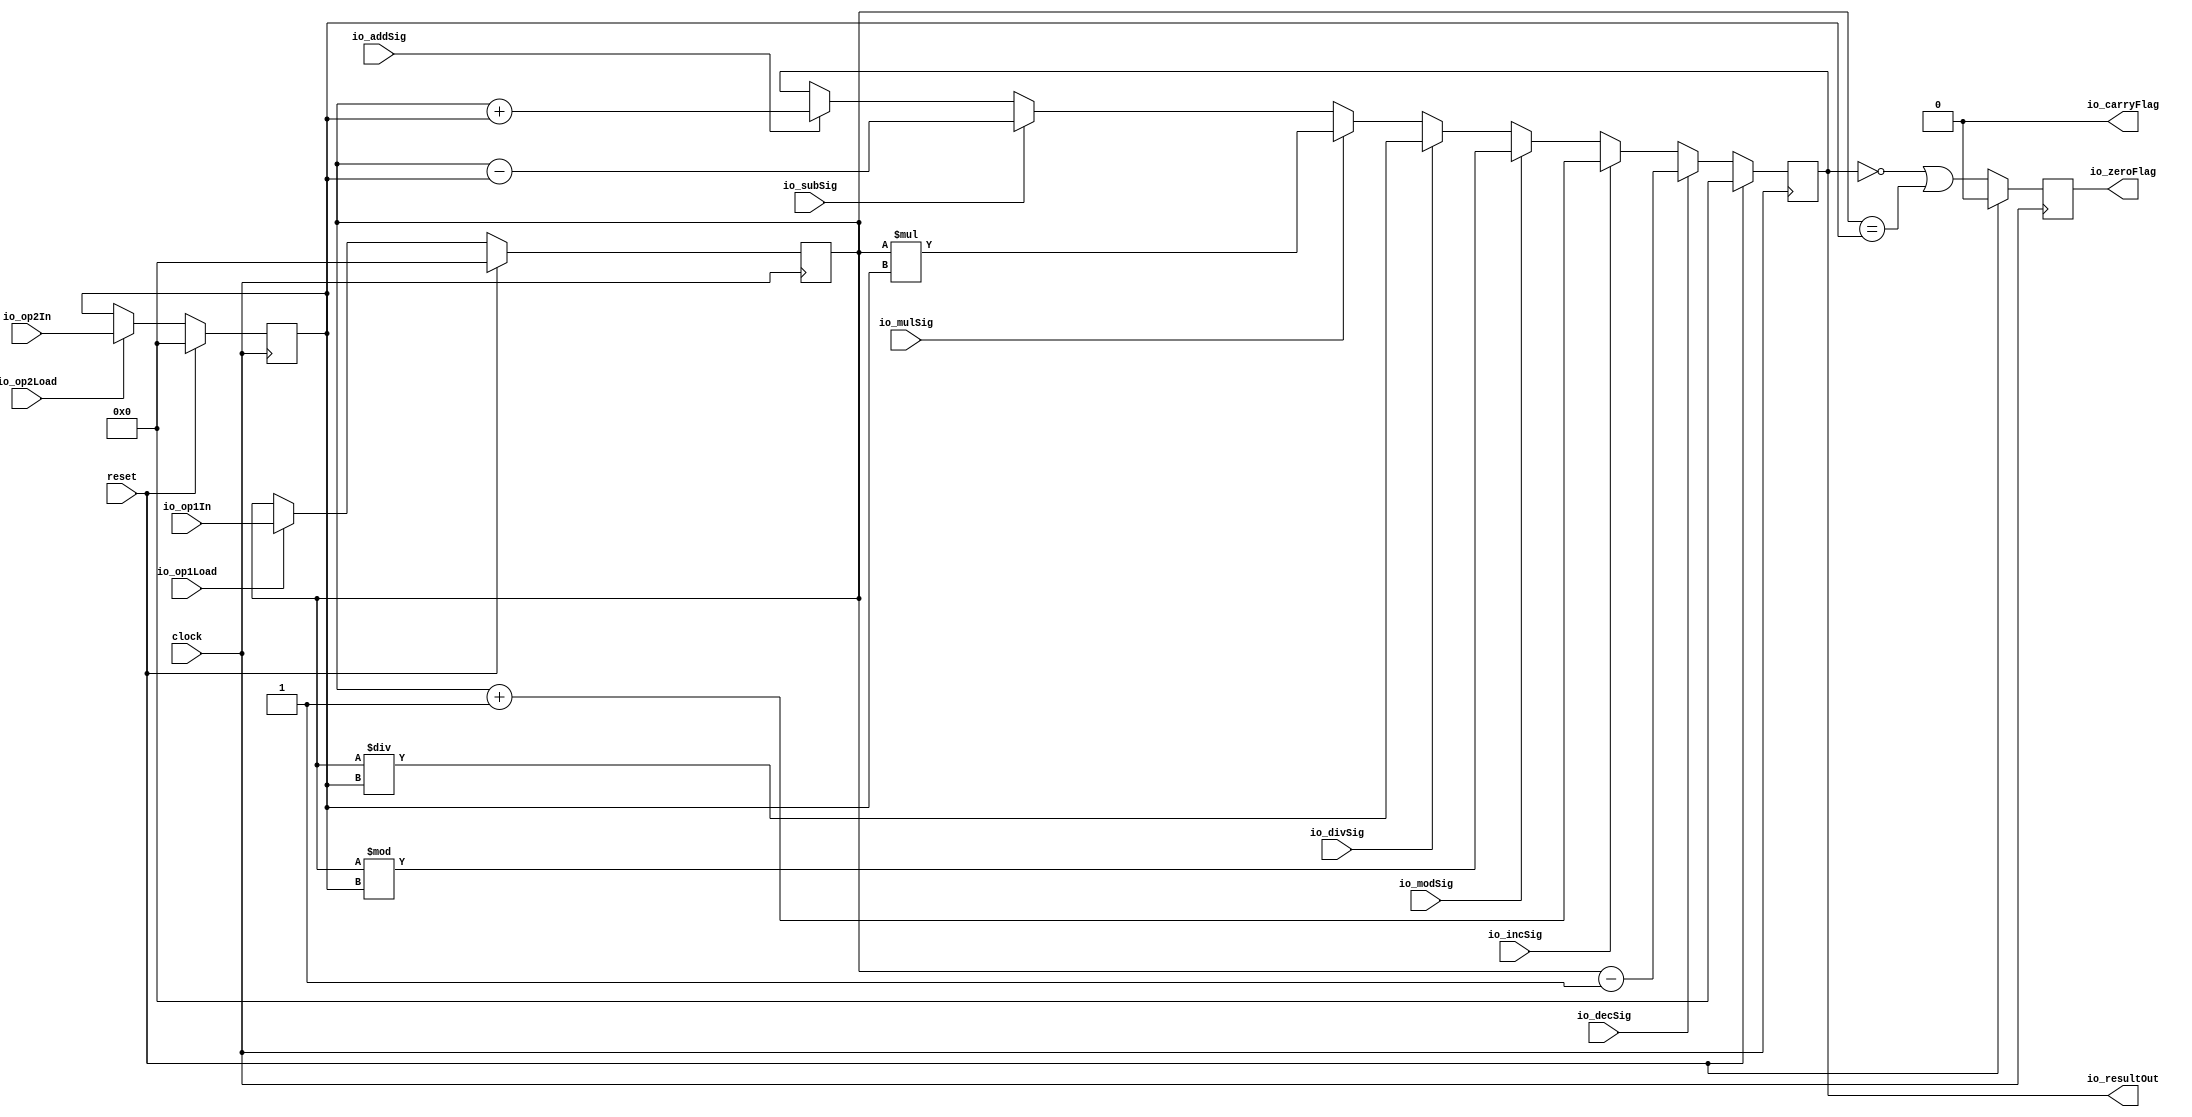
module ALU(
  input        clock,
  input        reset,
  input        io_op1Load,
  input        io_op2Load,
  input        io_addSig,
  input        io_subSig,
  input        io_divSig,
  input        io_mulSig,
  input        io_modSig,
  input        io_incSig,
  input        io_decSig,
  input  [7:0] io_op1In,
  input  [7:0] io_op2In,
  output [7:0] io_resultOut,
  output       io_zeroFlag,
  output       io_carryFlag
);
`ifdef RANDOMIZE_REG_INIT
  reg [31:0] _RAND_0;
  reg [31:0] _RAND_1;
  reg [31:0] _RAND_2;
  reg [31:0] _RAND_3;
`endif // RANDOMIZE_REG_INIT
  reg [7:0] op1Reg; // @[ALU.scala 20:25]
  reg [7:0] op2Reg; // @[ALU.scala 21:25]
  reg [7:0] resultReg; // @[ALU.scala 22:28]
  reg  zeroFlagReg; // @[ALU.scala 23:30]
  wire [7:0] _resultReg_T_1 = op1Reg + op2Reg; // @[ALU.scala 35:29]
  wire [7:0] _GEN_2 = io_addSig ? _resultReg_T_1 : resultReg; // @[ALU.scala 34:22 35:19 22:28]
  wire [7:0] _resultReg_T_3 = op1Reg - op2Reg; // @[ALU.scala 39:29]
  wire [7:0] _GEN_3 = io_subSig ? _resultReg_T_3 : _GEN_2; // @[ALU.scala 38:22 39:19]
  wire [15:0] _resultReg_T_4 = op1Reg * op2Reg; // @[ALU.scala 43:29]
  wire [15:0] _GEN_4 = io_mulSig ? _resultReg_T_4 : {{8'd0}, _GEN_3}; // @[ALU.scala 42:22 43:19]
  wire [7:0] _resultReg_T_5 = op1Reg / op2Reg; // @[ALU.scala 47:29]
  wire [15:0] _GEN_5 = io_divSig ? {{8'd0}, _resultReg_T_5} : _GEN_4; // @[ALU.scala 46:22 47:19]
  wire [7:0] _resultReg_T_6 = op1Reg % op2Reg; // @[ALU.scala 51:29]
  wire [15:0] _GEN_6 = io_modSig ? {{8'd0}, _resultReg_T_6} : _GEN_5; // @[ALU.scala 50:22 51:19]
  wire [7:0] _resultReg_T_8 = op1Reg + 8'h1; // @[ALU.scala 55:29]
  wire [15:0] _GEN_7 = io_incSig ? {{8'd0}, _resultReg_T_8} : _GEN_6; // @[ALU.scala 54:22 55:19]
  wire [7:0] _resultReg_T_10 = op1Reg - 8'h1; // @[ALU.scala 59:29]
  wire [15:0] _GEN_8 = io_decSig ? {{8'd0}, _resultReg_T_10} : _GEN_7; // @[ALU.scala 58:22 59:19]
  wire  _T_2 = resultReg == 8'h0 | op1Reg == op2Reg; // @[ALU.scala 62:29]
  wire [15:0] _GEN_10 = reset ? 16'h0 : _GEN_8; // @[ALU.scala 22:{28,28}]
  assign io_resultOut = resultReg; // @[ALU.scala 68:18]
  assign io_zeroFlag = zeroFlagReg; // @[ALU.scala 69:17]
  assign io_carryFlag = 1'h0; // @[ALU.scala 70:18]
  always @(posedge clock) begin
    if (reset) begin // @[ALU.scala 20:25]
      op1Reg <= 8'h0; // @[ALU.scala 20:25]
    end else if (io_op1Load) begin // @[ALU.scala 26:23]
      op1Reg <= io_op1In; // @[ALU.scala 27:16]
    end
    if (reset) begin // @[ALU.scala 21:25]
      op2Reg <= 8'h0; // @[ALU.scala 21:25]
    end else if (io_op2Load) begin // @[ALU.scala 30:23]
      op2Reg <= io_op2In; // @[ALU.scala 31:16]
    end
    resultReg <= _GEN_10[7:0]; // @[ALU.scala 22:{28,28}]
    if (reset) begin // @[ALU.scala 23:30]
      zeroFlagReg <= 1'h0; // @[ALU.scala 23:30]
    end else begin
      zeroFlagReg <= _T_2;
    end
  end
// Register and memory initialization
`ifdef RANDOMIZE_GARBAGE_ASSIGN
`define RANDOMIZE
`endif
`ifdef RANDOMIZE_INVALID_ASSIGN
`define RANDOMIZE
`endif
`ifdef RANDOMIZE_REG_INIT
`define RANDOMIZE
`endif
`ifdef RANDOMIZE_MEM_INIT
`define RANDOMIZE
`endif
`ifndef RANDOM
`define RANDOM $random
`endif
`ifdef RANDOMIZE_MEM_INIT
  integer initvar;
`endif
`ifndef SYNTHESIS
`ifdef FIRRTL_BEFORE_INITIAL
`FIRRTL_BEFORE_INITIAL
`endif
initial begin
  `ifdef RANDOMIZE
    `ifdef INIT_RANDOM
      `INIT_RANDOM
    `endif
    `ifndef VERILATOR
      `ifdef RANDOMIZE_DELAY
        #`RANDOMIZE_DELAY begin end
      `else
        #0.002 begin end
      `endif
    `endif
`ifdef RANDOMIZE_REG_INIT
  _RAND_0 = {1{`RANDOM}};
  op1Reg = _RAND_0[7:0];
  _RAND_1 = {1{`RANDOM}};
  op2Reg = _RAND_1[7:0];
  _RAND_2 = {1{`RANDOM}};
  resultReg = _RAND_2[7:0];
  _RAND_3 = {1{`RANDOM}};
  zeroFlagReg = _RAND_3[0:0];
`endif // RANDOMIZE_REG_INIT
  `endif // RANDOMIZE
end // initial
`ifdef FIRRTL_AFTER_INITIAL
`FIRRTL_AFTER_INITIAL
`endif
`endif // SYNTHESIS
endmodule